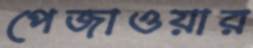
পেজাওয়ার